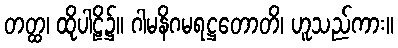
တတ္ထ၊ ထိုပါဠိ၌။ ဂါမနိဂမရဋ္ဌတောတိ၊ ဟူသည်ကား။